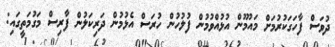
ދުވަސް ފާހަގަކުރުމަށް މައުމޫން އުޅުއްވުމުން ފުލުހުން ހުރަސް އެޅުމުން ދަރިކަލުން ފާރިސް މަގުމަތީގައި: